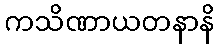
ကသိဏာယတနာနိ